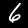
Label: 6